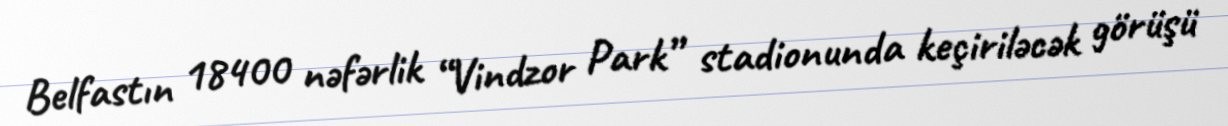
Belfastın 18400 nəfərlik “Vindzor Park” stadionunda keçiriləcək görüşü